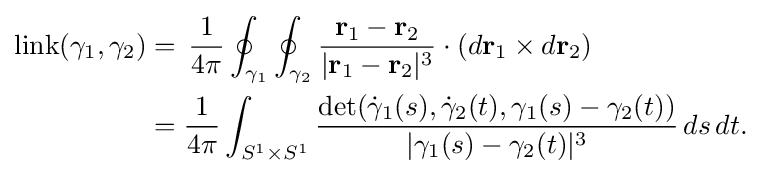
{\begin{aligned}\mathrm {link} (\gamma _{1},\gamma _{2})&=\,{\frac {1}{4\pi }}\oint _{\gamma _{1}}\oint _{\gamma _{2}}{\frac {\mathbf {r} _{1}-\mathbf {r} _{2}}{|\mathbf {r} _{1}-\mathbf {r} _{2}|^{3}}}\cdot (d\mathbf {r} _{1}\times d\mathbf {r} _{2})\\&={\frac {1}{4\pi }}\int _{S^{1}\times S^{1}}{\frac {\mathrm {det} ({\dot {\gamma }}_{1}(s),{\dot {\gamma }}_{2}(t),\gamma _{1}(s)-\gamma _{2}(t))}{|\gamma _{1}(s)-\gamma _{2}(t)|^{3}}}\,ds\,dt.\end{aligned}}